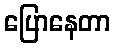
ပြောနေတာ